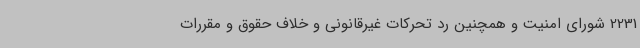
2231 شورای امنیت و همچنین رد تحرکات غیرقانونی و خلاف حقوق و مقررات